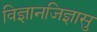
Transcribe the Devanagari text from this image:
विज्ञानजिज्ञासु